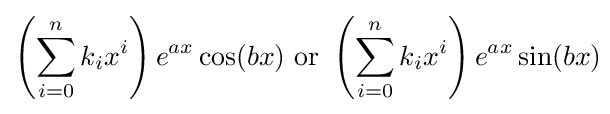
\left(\sum _{i=0}^{n}k_{i}x^{i}\right)e^{ax}\cos(bx){\text{ or }}\left(\sum _{i=0}^{n}k_{i}x^{i}\right)e^{ax}\sin(bx)\!